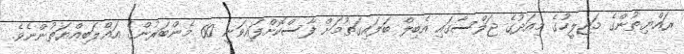
ރައްޔިތުންގެ މަޖިލީހުގެ މިއަދުގެ ޖަލްސާގައި އެބިލް ބަލައިގަތުމަށް ފާސްކޮށްފައިވަނީ 60 މެންބަރުންގެ އަޣްލަބިއްޔަތުންނެވެ.